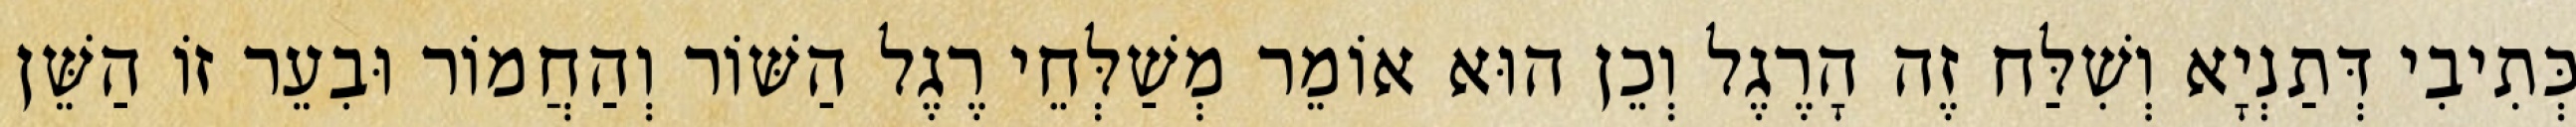
כְּתִיבִי דְּתַנְיָא וְשִׁלַּח זֶה הָרֶגֶל וְכֵן הוּא אוֹמֵר מְשַׁלְּחֵי רֶגֶל הַשּׁוֹר וְהַחֲמוֹר וּבִעֵר זוֹ הַשֵּׁן